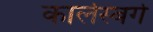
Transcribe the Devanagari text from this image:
कार्लस्बर्ग